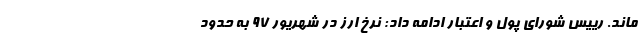
ماند. رییس شورای پول و اعتبار ادامه داد: نرخ ارز در شهریور ۹۷ به حدود